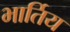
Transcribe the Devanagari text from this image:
भार्तिय